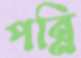
পন্নি